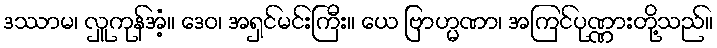
ဒဿာမ၊ လှူကုန်အံ့။ ဒေဝ၊ အရှင်မင်းကြီး။ ယေ ဗြာဟ္မဏာ၊ အကြင်ပုဏ္ဏားတို့သည်။